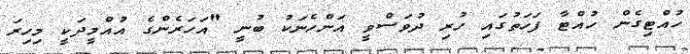
ހުއްޓިގެން ހުއްޓާ ފަހަތުގައި ހުރި ދުވަސްވީ އަންހެނަކު ބުނީ "އަހަރެންގެ އުއްމީދަކީ މިހިރަ